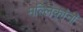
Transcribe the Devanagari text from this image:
मल्लिकांनी